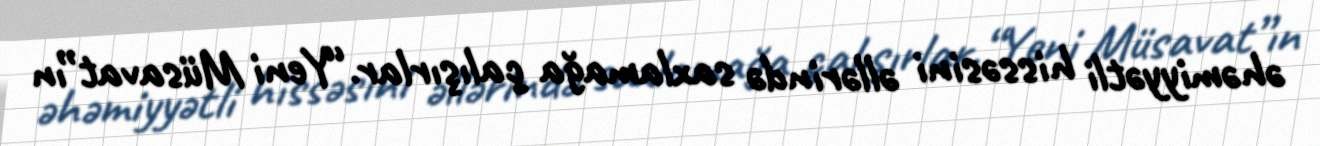
əhəmiyyətli hissəsini əllərində saxlamağa çalışırlar.“Yeni Müsavat”ın